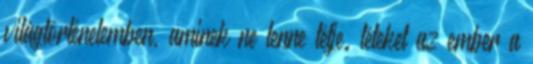
világtörténelemben, aminek ne lenne tétje. téteket az ember a